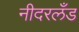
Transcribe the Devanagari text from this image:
नीदरलँड